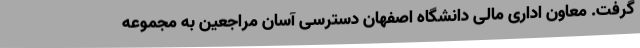
گرفت. معاون اداری مالی دانشگاه اصفهان دسترسی آسان مراجعین به مجموعه